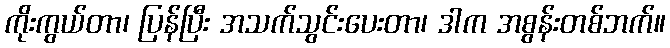
ကိုးကွယ်တာ၊ ပြန်ပြီး အသက်သွင်းပေးတာ၊ ဒါက အစွန်းတစ်ဘက်။